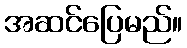
အဆင်ပြေမည်။